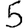
Digit: 5